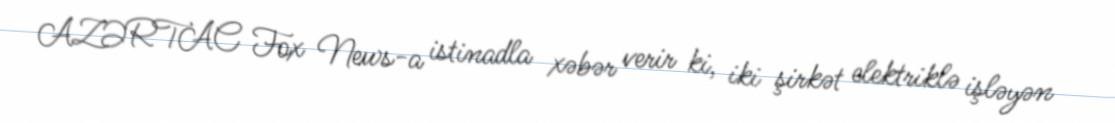
AZƏRTAC Fox News-a istinadla xəbər verir ki, iki şirkət elektriklə işləyən